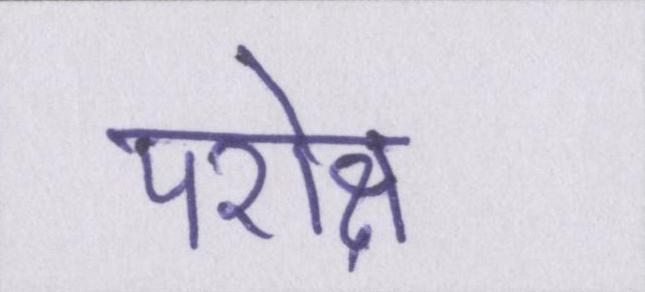
परोक्ष